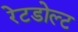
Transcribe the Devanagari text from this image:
रेटडोल्ट